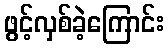
ဖွင့်လှစ်ခဲ့ကြောင်း